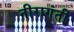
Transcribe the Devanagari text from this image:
नीरागंती